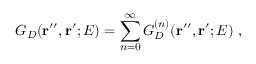
G _ { D } ( { \bf r ^ { \prime \prime } } , { \bf r ^ { \prime } } ; E ) = \sum _ { n = 0 } ^ { \infty } G _ { D } ^ { ( n ) } ( { \bf r ^ { \prime \prime } } , { \bf r ^ { \prime } } ; E ) \; ,